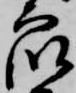
衆